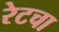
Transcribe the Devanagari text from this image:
रेटचा